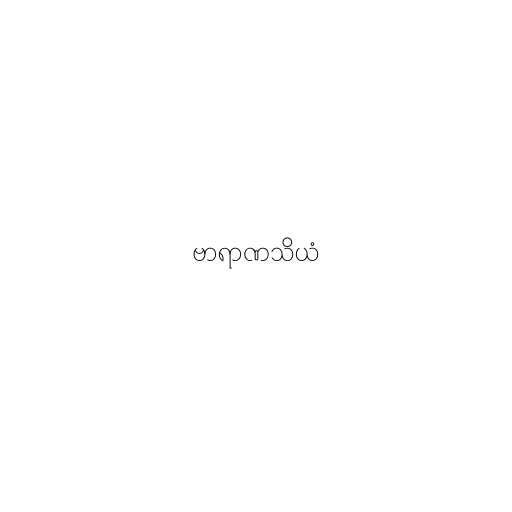
ဗာရာဏသိယံ